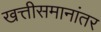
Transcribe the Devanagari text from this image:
खत्तीसमानांतर